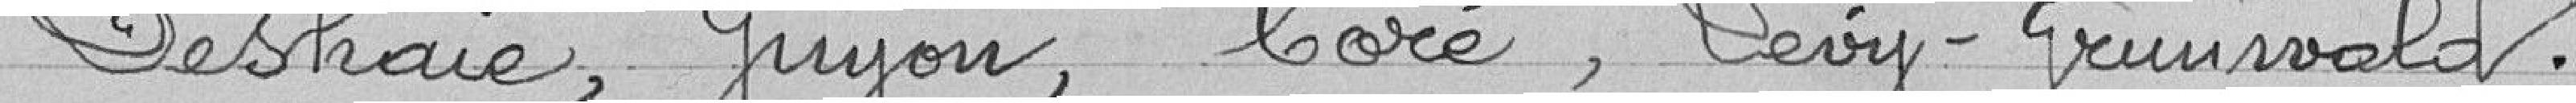
Deshaie, Guyon, Coré, Lévy-Grunwald.